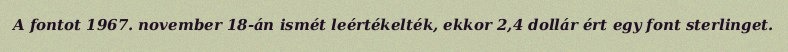
A fontot 1967. november 18-án ismét leértékelték, ekkor 2,4 dollár ért egy font sterlinget.